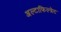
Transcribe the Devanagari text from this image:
अल्टाफिल्त्रेट